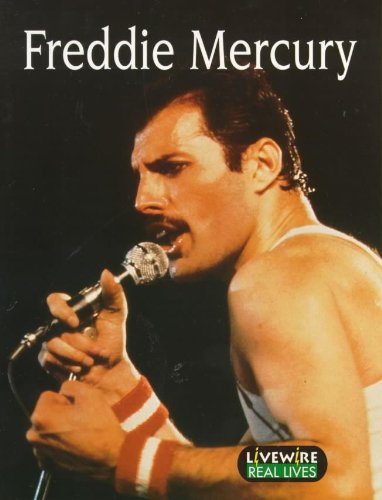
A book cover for Freddie Mercury: Real Lives (Livewire Real Lives); Mike Alcott; Teen & Young Adult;